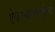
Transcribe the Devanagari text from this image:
ऐकण्यासाठीचे